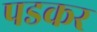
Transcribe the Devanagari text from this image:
पडकर